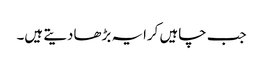
جب چاہیں کرایہ بڑھادیتے ہیں۔